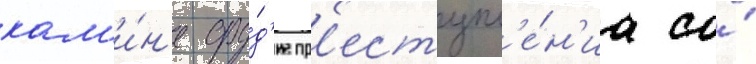
кам'и́н'е ору́д'ие пр'еступл'е́н'иа со́